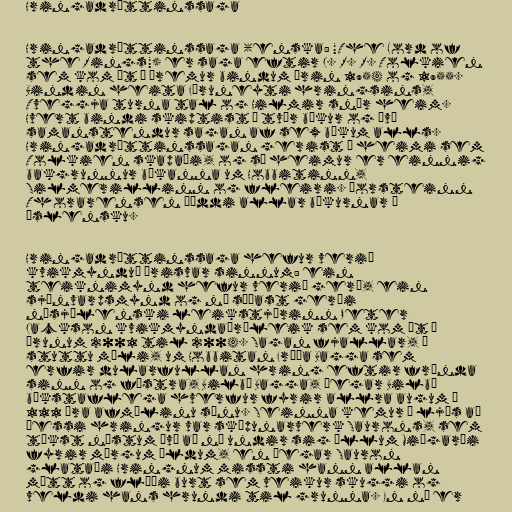
Hringadróttinssaga

Hringadróttinssaga (enska: "The Lord of
the Rings") er saga eftir J. R. R. Tolkien
sem kom út í þremur bindum árin 1954 og 1955.
Bindin heita Föruneyti hringsins,
Tveggja turna tal og Hilmir snýr heim.
Hvert bindi skiptist í tvær bækur og því
samanstendur sagan af sex bókum alls.
Hringadróttinssagan gerist í heimi sem
Tolkien skapaði, og sá heimur er einnig
bakgrunnur bókanna um Hobbitinn,
Silmerillinn og fleiri. Þorsteinn
Thorarensen þýddi allar bækurnar á
íslensku.

Hringadróttinssaga hefur verið
kvikmynduð þrisvar sinnum: ein
teiknimynd hefur verið gerð, ein
sjónvarpsmynd og nú síðast gerði
nýsjálenski leikstjórinn Peter
Jackson kvikmyndaþríleik sem kom út á
árunum 2001 til 2004. Sagan fjallar, í
stuttu máli, um Hobbitan Fróða Bagga sem
erfir dularfullan hring eftir frænda
sinn og fóstra, Bilbó Bagga, þegar Bilbó
bókstaflega hverfur fyrir allra augum á
111 ára afmælinu sínu. Seinna kemur í ljós að
þessi hringur var sköpunarverk Saurons, sem
tókst næstum því að ná undir sig öllum Miðgarði
fyrir mörgum öldum, en þegar Sauron
glataði Hringnum missti hann allan
mátt og flúði burt sem veikur skuggi og
veldi hans hrundi til grunna. En nú er